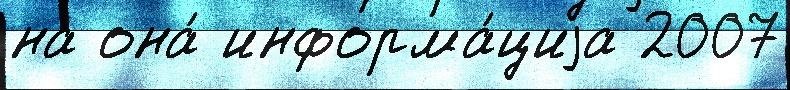
на она́ информа́циjа 2007